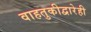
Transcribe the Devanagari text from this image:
वाहतुकीद्वारेही